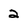
Character: 2